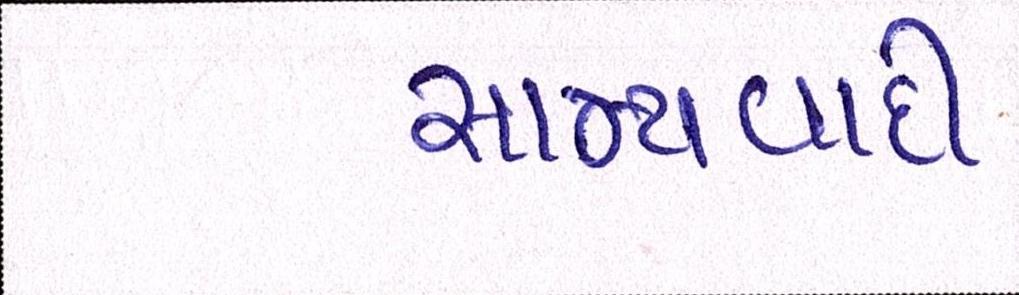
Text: સામ્યવાદી